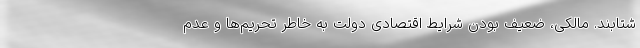
شتابند. مالکی، ضعیف بودن شرایط اقتصادی دولت به خاطر تحریم‌ها و عدم